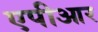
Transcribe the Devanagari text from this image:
एपीआर